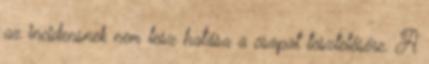
az incidensnek nem lesz hatása a csapat tesztelésére. A